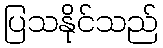
ပြသနိုင်သည်